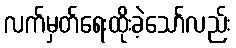
လက်မှတ်ရေးထိုးခဲ့သော်လည်း